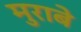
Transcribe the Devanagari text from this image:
मुराबे